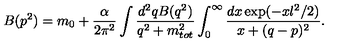
B ( p ^ { 2 } ) = m _ { 0 } + \frac { \alpha } { 2 \pi ^ { 2 } } \int \frac { d ^ { 2 } q B ( q ^ { 2 } ) } { q ^ { 2 } + m _ { t o t } ^ { 2 } } \int _ { 0 } ^ { \infty } \frac { d x \exp ( - x l ^ { 2 } / 2 ) } { x + ( q - p ) ^ { 2 } } .